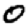
Digit: 0